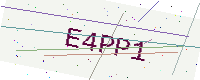
Text: E4PP1